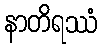
နာတိရဿံ